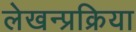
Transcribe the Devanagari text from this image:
लेखन्प्रक्रिया